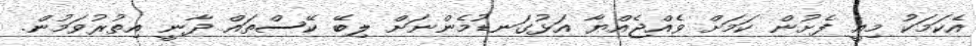
އެކަމަކު މިއީ ފެށުން ކަމަށް ވެއްޖެއްޔާ އަޅުގަނޑުމެންނަށް ލިބޭ ކޭސްތައް ދާނީ އިތުރުވަމުން.